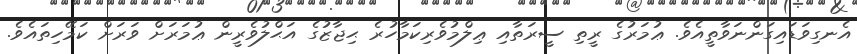
އެނގިވަޑައިގަންނަވާތީއެވެ. ޢުމަރުގެ ރީތި ސީރަތާއި ޢިލްމުވެރިކަމާހުރެ ޙިޖާޒުގެ އަޙްލުވެރީން ޢުމަރަށް ވަރަށް ކަމޭހިތައެވެ.